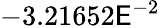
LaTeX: -3.21652\mathsf{E}^{-2}